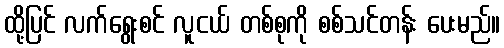
ထို့ပြင် လက်ရွေးစင် လူငယ် တစ်စုကို စစ်သင်တန်း ပေးမည်။